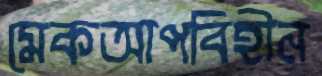
মেকআপবিহীন